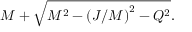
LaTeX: M + { \sqrt { M ^ { 2 } - { ( J / M ) } ^ { 2 } - Q ^ { 2 } } } .